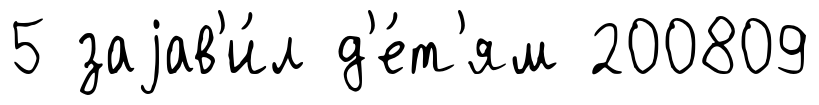
5 заjав'и́л д'е́т'ям 200809